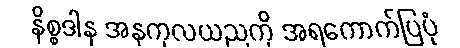
နိစ္စဒါန အနုကုလယညကို အရကောက်ပြပုံ